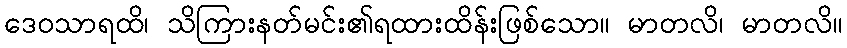
ဒေဝသာရထိ၊ သိကြားနတ်မင်း၏ရထားထိန်းဖြစ်သော။ မာတလိ၊ မာတလိ။